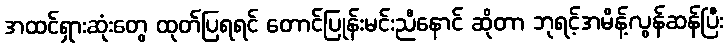
အထင်ရှားဆုံးတွေ ထုတ်ပြရရင် တောင်ပြုန်းမင်းညီနောင် ဆိုတာ ဘုရင့်အမိန့်လွန်ဆန်ပြီး